Leningradi_Edasi_toimetus, lk 45
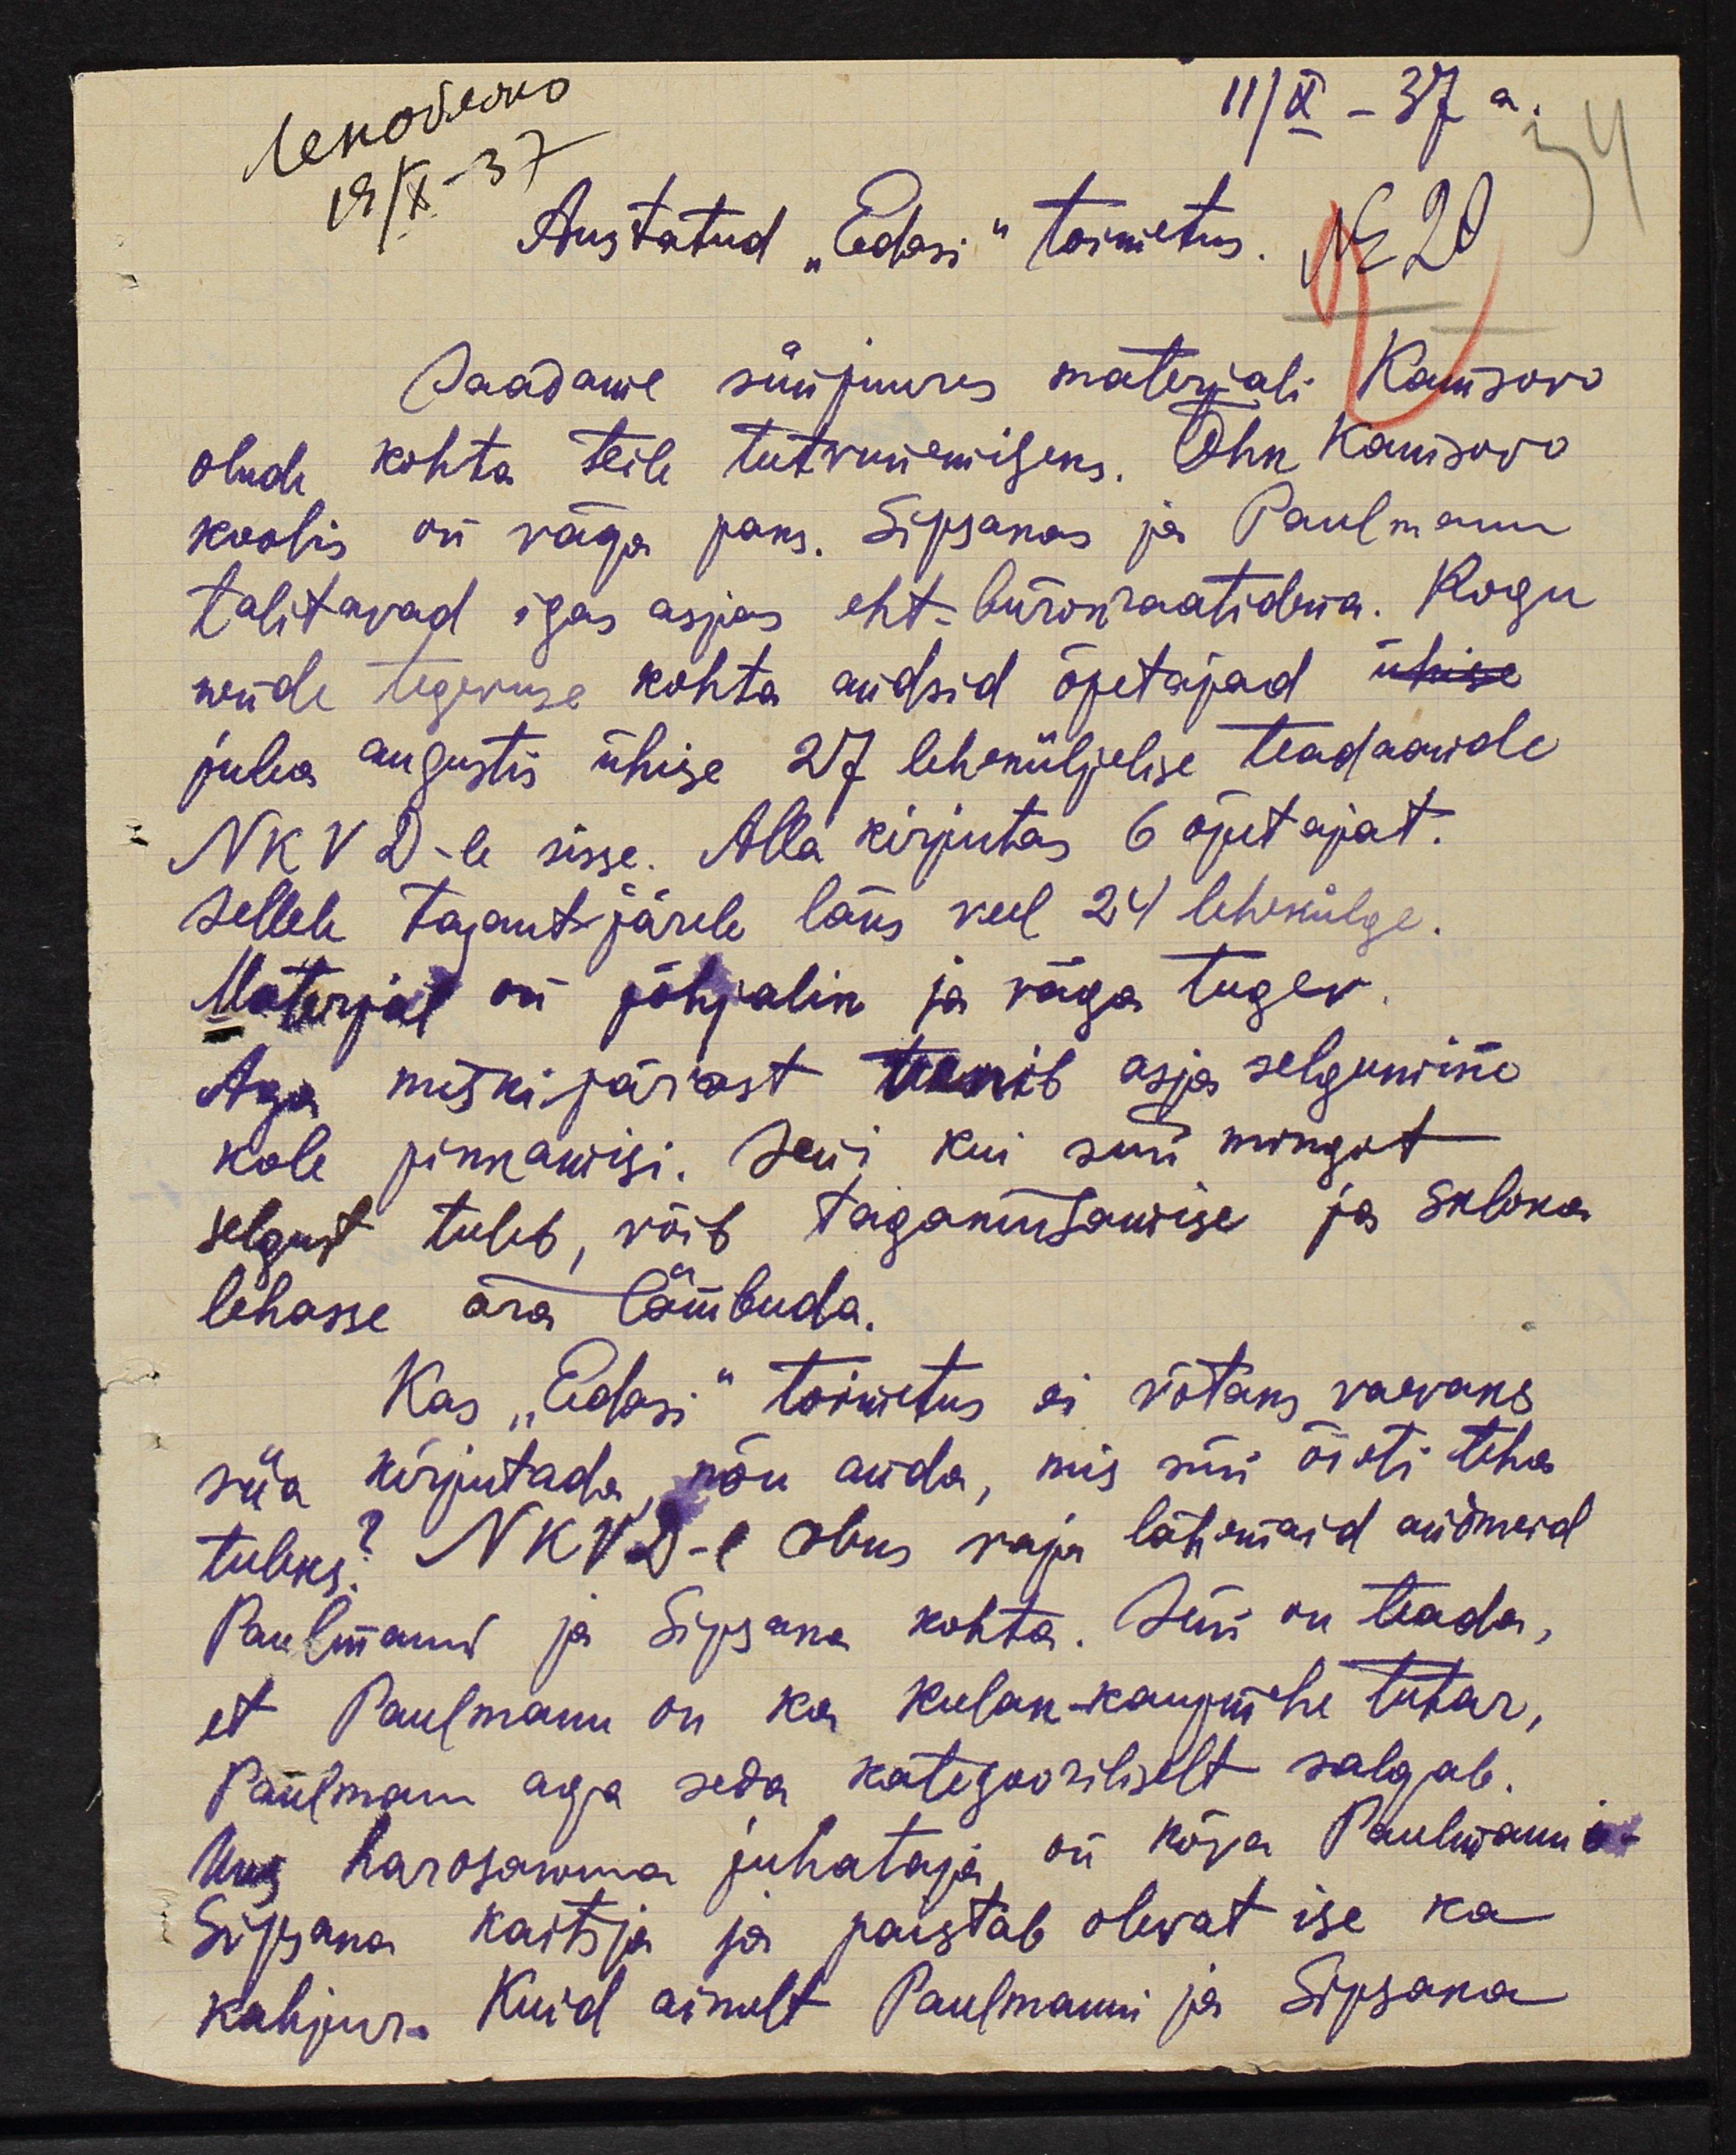
11/X - 37 a.
19/X - 37
Austatud "Edasi" toimetus.
Nr 20.
Saadame siinjuures materjali Kanisovo
olude kohta teile tutvumiseks. Õhk Kanisovo
koolis on väga paks. Sipsakas ja Paulmann
talitavad igas asjas eht. bürokraatidena. Kogu
nende tegevuse kohta andsid õpetajad ühise
juba augustis ühigs 27 leheküljelise teadaande
NKVD-le sisse. Alla kirjutas 6 õpetajat.
Sellele tagant-järele läks veel 24 lehekülge.
Materjal on põhjalik ja väga tugev.
Aga miskipärast venib asja selgumine
kole pikkamisi. Seni kui siin mingit
selgust tuleb, võib tagakiusamise ja skloka
lehasse ära lämbuda.
Kas "Edasi" toimetus ei võtaks vaevaks
siia kirjutada nõu anda, mis siin õieti teha
tuleks? NKVD-l oleks vaja lähemaid andmeid
Paulmanni ja Sipsaka kohta. Seni on teada,
et Paulmann on ka kulak-kaupmehe tütar,
Paulmann aga seda kategooriliselt salgab.
Uue harosakonna juhataja on kõva Paulmanni-
Sipsaka kaitsja ja paistab olevat ise ka
kahjur. Kuid ainult Paulmanni ja Sipsaka